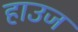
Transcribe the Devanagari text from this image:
हाउज